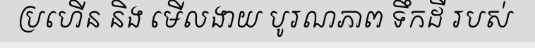
ប្រហើន និង មើលងាយ បូរណភាព ទឹកដី របស់